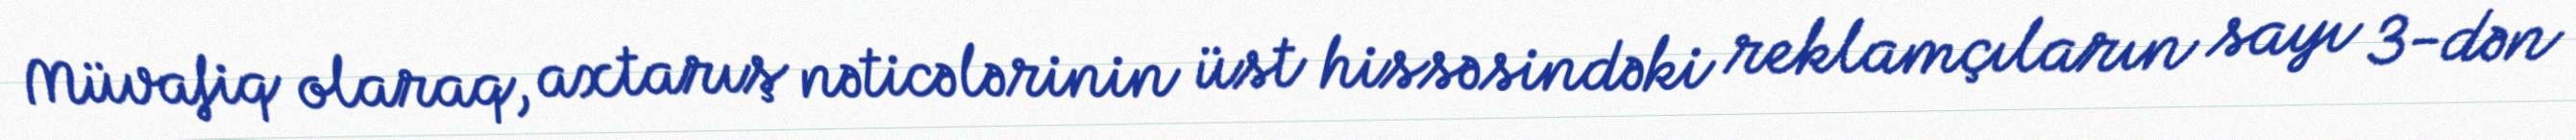
Müvafiq olaraq, axtarış nəticələrinin üst hissəsindəki reklamçıların sayı 3-dən